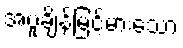
အပူချိန်မြင့်မားသော